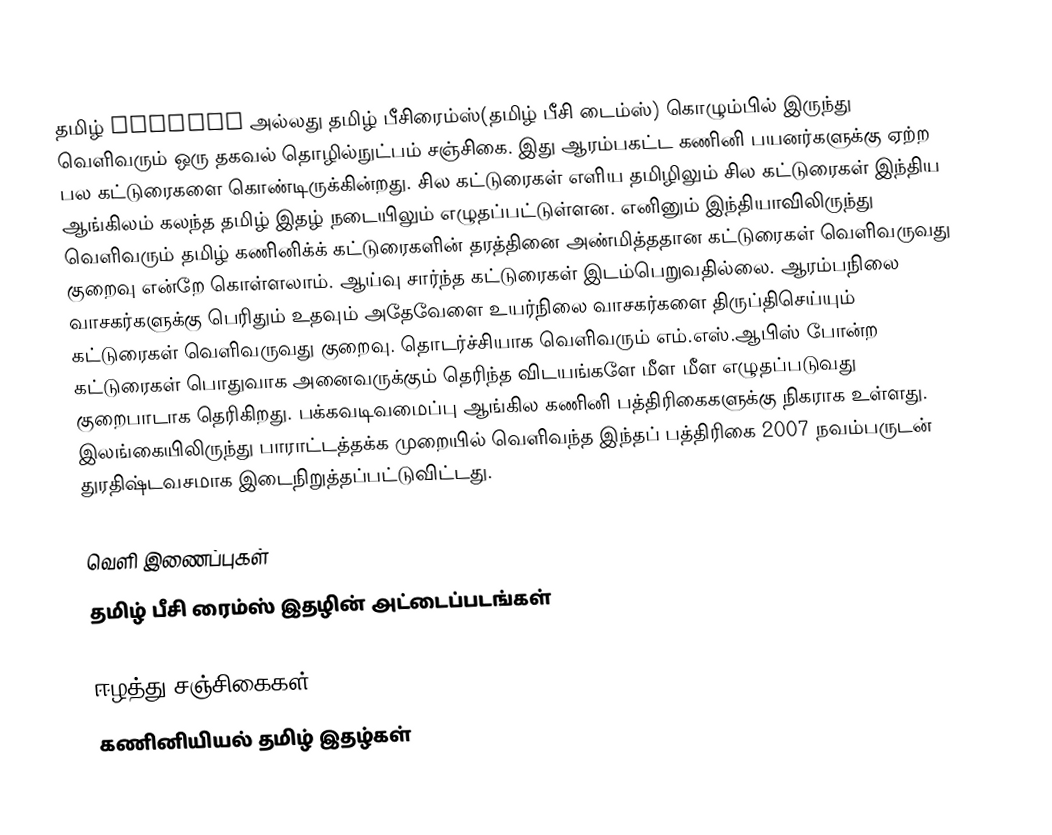
தமிழ் PCTimes அல்லது தமிழ் பீசிரைம்ஸ்(தமிழ் பீசி டைம்ஸ்) கொழும்பில் இருந்து வெளிவரும் ஒரு தகவல் தொழில்நுட்பம் சஞ்சிகை. இது ஆரம்பகட்ட கணினி பயனர்களுக்கு ஏற்ற பல கட்டுரைகளை கொண்டிருக்கின்றது. சில கட்டுரைகள் எளிய தமிழிலும் சில கட்டுரைகள் இந்திய ஆங்கிலம் கலந்த தமிழ் இதழ் நடையிலும் எழுதப்பட்டுள்ளன. எனினும் இந்தியாவிலிருந்து வெளிவரும் தமிழ் கணினிக்க் கட்டுரைகளின் தரத்தினை அண்மித்ததான கட்டுரைகள் வெளிவருவது குறைவு என்றே கொள்ளலாம். ஆய்வு சார்ந்த கட்டுரைகள் இடம்பெறுவதில்லை. ஆரம்பநிலை வாசகர்களுக்கு பெரிதும் உதவும் அதேவேளை உயர்நிலை வாசகர்களை திருப்திசெய்யும் கட்டுரைகள் வெளிவருவது குறைவு. தொடர்ச்சியாக வெளிவரும் எம்.எஸ்.ஆபிஸ் போன்ற கட்டுரைகள் பொதுவாக அனைவருக்கும் தெரிந்த விடயங்களே மீள மீள எழுதப்படுவது குறைபாடாக தெரிகிறது. பக்கவடிவமைப்பு ஆங்கில கணினி பத்திரிகைகளுக்கு நிகராக உள்ளது. இலங்கையிலிருந்து பாராட்டத்தக்க முறையில் வெளிவந்த இந்தப் பத்திரிகை 2007 நவம்பருடன் துரதிஷ்டவசமாக இடைநிறுத்தப்பட்டுவிட்டது.

வெளி இணைப்புகள்
 தமிழ் பீசி ரைம்ஸ் இதழின் அட்டைப்படங்கள்

ஈழத்து சஞ்சிகைகள்
கணினியியல் தமிழ் இதழ்கள்